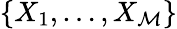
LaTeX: \{ X_{1},\ldots,X_{\mathcal{M}}\}